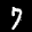
Label: 7